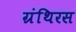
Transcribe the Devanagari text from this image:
ग्रंथिरस